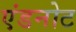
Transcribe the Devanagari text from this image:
एंडनोट